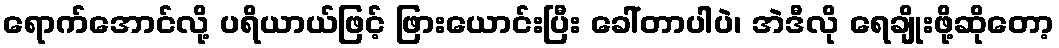
ရောက်အောင်လို့ ပရိယာယ်ဖြင့် ဖြားယောင်းပြီး ခေါ်တာပါပဲ၊ အဲဒီလို ရေချိုးဖို့ဆိုတော့